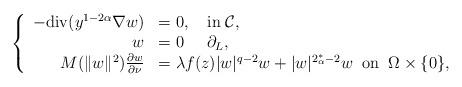
LaTeX: \begin{align*}\left\{\begin{array}{rl} -\mathrm{div} (y^{1-2\alpha}\nabla w)&=0, \quad\textrm{in}\; \mathcal{C},\\ w &=0 \;\;\;\; \; \partial_L,\\ M(\|w\|^2)\frac{\partial w}{\partial \nu}&= \lambda f(z)|w|^{q-2}w+|w|^{2^*_\alpha -2}w\;\; \textrm{on}\;\; \Omega\times \{0\},\end{array}\right.\end{align*}